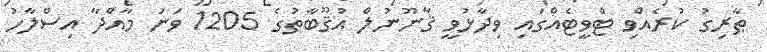
ޠާރިގު ކުރެއްވި ޓްވީޓެއްގައި ވިދާޅުވީ ޤާނޫނުލް އުޤޫބާތުގެ 1205 ވަނަ މާއްދާ އިސްލާހު